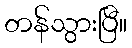
တန်သွားပြီ။